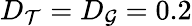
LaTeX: D_{\mathcal{T}}=D_{\mathcal{G}}=0.2